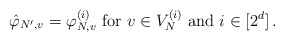
\begin{align*}\hat \varphi_{N', v} = \varphi_{N, v}^{(i)} \mbox{ for } v\in V_N^{(i)} \mbox{ and } i\in [2^d]\,.\end{align*}